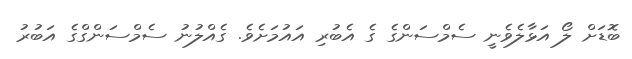
ބޮޑަށް ލޯ އަޅާލެވެނީ ސެމްސަންގެ ގެ އެބުރި އައުމަށެވެ. ގެއްލުނު ސެމްސަންގްގެ އަބުރު